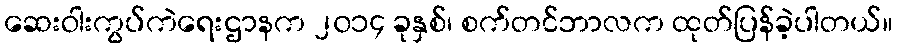
ဆေးဝါးကွပ်ကဲရေးဌာနက ၂၀၁၄ ခုနှစ်၊ စက်တင်ဘာလက ထုတ်ပြန်ခဲ့ပါတယ်။